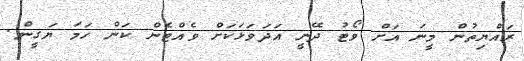
ރައްޔިތުން މީނަ އަށް ވޯޓު ދޭނީ އަދަވަޅަކަށް ވެއްޓެން ކަން ހަމަ ޔަގީން.